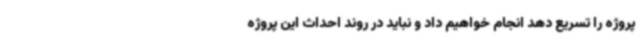
پروژه را تسریع دهد انجام خواهیم داد و نباید در روند احداث این پروژه